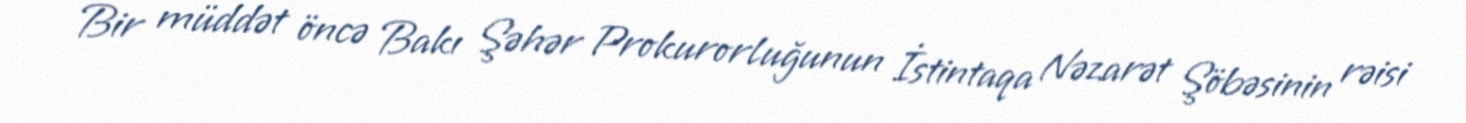
Bir müddət öncə Bakı Şəhər Prokurorluğunun İstintaqa Nəzarət Şöbəsinin rəisi